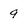
Character: 9